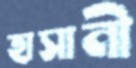
হাসানী